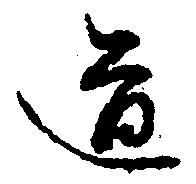
道